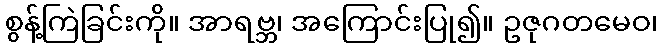
စွန့်ကြဲခြင်းကို။ အာရဗ္ဘ၊ အကြောင်းပြု၍။ ဥဇုဂတမေဝ၊